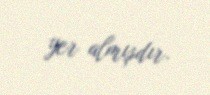
yer almışdır.